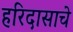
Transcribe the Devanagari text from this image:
हरिदासाचे